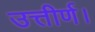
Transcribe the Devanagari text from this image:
उत्तीर्ण।